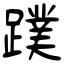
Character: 蹼